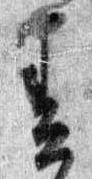
春